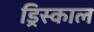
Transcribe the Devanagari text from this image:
ड्रिस्काल